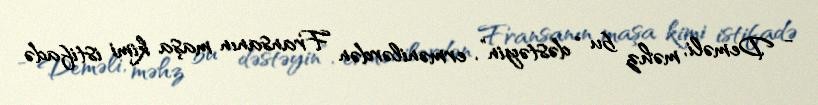
- Deməli, məhz bu “dəstəyin”, ermənilərdən Fransanın maşa kimi istifadə